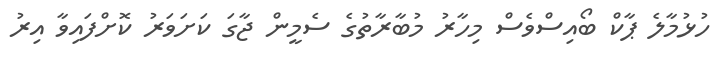
ހުޅުމާލެ ޕާކް ބޯއިސްވެސް މިހާރު މުބާރާތުގެ ސެމީން ޖާގަ ކަށަވަރު ކޮށްފައިވާ އިރު